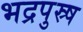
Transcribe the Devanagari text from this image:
भद्रपुस्र्ष